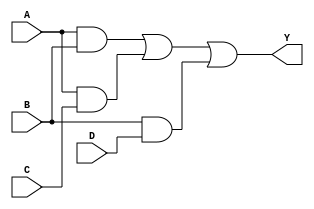
module sop_logic (
    input wire A,  // Input variable A
    input wire B,  // Input variable B
    input wire C,  // Input variable C
    input wire D,  // Input variable D
    output wire Y  // Output variable Y
);

// Internal signals for product terms
wire term1; // A AND B
wire term2; // A AND C
wire term3; // B AND D

// Implementing the product terms using AND gates
assign term1 = A & B; // A AND B
assign term2 = A & C; // A AND C
assign term3 = B & D; // B AND D

// Final output Y is the OR of the product terms
assign Y = term1 | term2 | term3; // Y = (A AND B) OR (A AND C) OR (B AND D)

endmodule